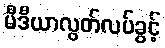
မီဒီယာလွတ်လပ်ခွင့်